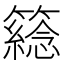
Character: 𥵮